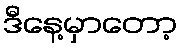
ဒီနေ့မှာတော့